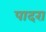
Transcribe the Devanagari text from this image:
पादरा